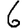
Digit: 6